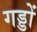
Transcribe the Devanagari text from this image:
गड्डों